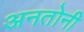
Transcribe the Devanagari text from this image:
अनतोनी